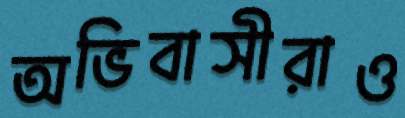
অভিবাসীরাও